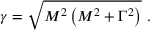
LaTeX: ~ ~ ~ ~ \gamma = { \sqrt { M ^ { 2 } \left( M ^ { 2 } + \Gamma ^ { 2 } \right) } } ~ .